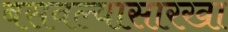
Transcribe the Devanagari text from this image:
बसवल्यासारखा